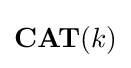
\mathbf {\operatorname {\textbf {CAT}} } (k)